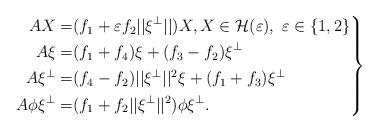
LaTeX: \begin{align*} \left.\begin{aligned}AX=&(f_1+\varepsilon f_2||\xi^\perp||)X , X\in\mathcal H(\varepsilon),~ \varepsilon\in\{1,2\}\\A\xi=&(f_1+f_4)\xi+(f_3-f_2)\xi^\perp\\A\xi^\perp=&(f_4-f_2)||\xi^\perp||^2\xi+(f_1+f_3)\xi^\perp\\A\phi\xi^\perp=&(f_1+f_2||\xi^\perp||^2)\phi\xi^\perp.\end{aligned}\right\}\end{align*}